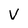
Character: v